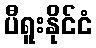
ပီရူးနိုင်ငံ